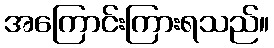
အကြောင်းကြားရသည်။